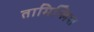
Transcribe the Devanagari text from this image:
तामिग्लिश